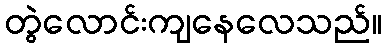
တွဲလောင်းကျနေလေသည်။